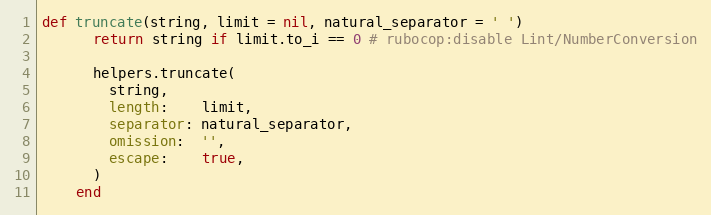
Language: Ruby
def truncate(string, limit = nil, natural_separator = ' ')
      return string if limit.to_i == 0 # rubocop:disable Lint/NumberConversion

      helpers.truncate(
        string,
        length:    limit,
        separator: natural_separator,
        omission:  '',
        escape:    true,
      )
    end